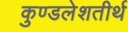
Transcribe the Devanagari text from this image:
कुण्डलेशतीर्थ